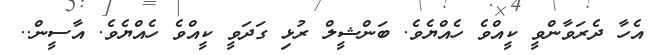
އެހާ ދެރަވާންވީ ކީއްވެ ހެއްޔެވެ. ބަންޝީލް ރުޅި ގަދަވީ ކީއްވެ ހެއްޔެވެ. އާސީން..